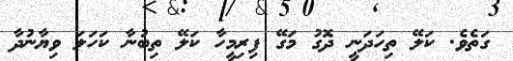
ގަތެވެ. ކަލޭ ތިހަދަނީ ދޮގު މަގޭ ފިރިމީހާ ކަލޭ ތިބުނާ ކަހަލަ ވިޔާނުދާ